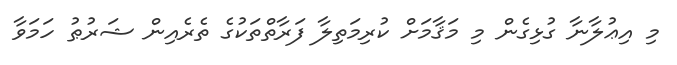
މި އިޢުލާނާ ގުޅިގެން މި މަޤާމަށް ކުރިމަތިލާ ފަރާތްތަކުގެ ތެރެއިން ޝަރުޠު ހަމަވާ